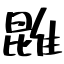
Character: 𨿪